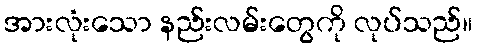
အားလုံးသော နည်းလမ်းတွေကို လုပ်သည်။